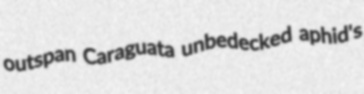
outspan Caraguata unbedecked aphid's